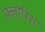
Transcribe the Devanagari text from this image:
फ्लोरिश